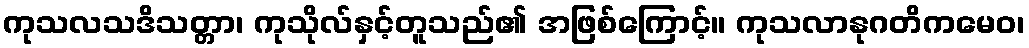
ကုသလသဒိသတ္တာ၊ ကုသိုလ်နှင့်တူသည်၏ အဖြစ်ကြောင့်။ ကုသလာနုဂတိကမေဝ၊